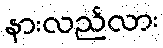
နားလည်လား